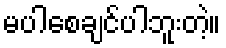
မပါစေချင်ပါဘူးတဲ့။